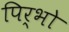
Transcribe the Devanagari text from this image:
पिर्भो